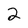
Character: 2